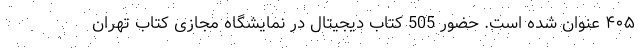
۴۰۵ عنوان شده است. حضور 505 کتاب دیجیتال در نمایشگاه مجازی کتاب تهران